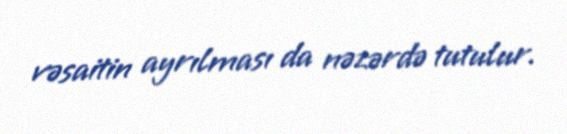
vəsaitin ayrılması da nəzərdə tutulur.